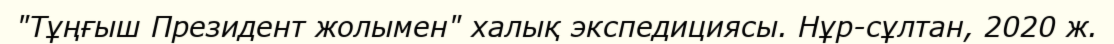
"Тұңғыш Президент жолымен" халық экспедициясы. Нұр-сұлтан, 2020 ж.